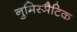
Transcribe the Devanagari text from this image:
नुमिस्मैटिक